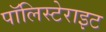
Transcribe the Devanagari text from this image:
पॉलिस्टेराइट